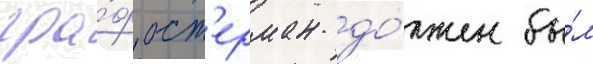
гра́ф ост'ерман до́лжен бы́л